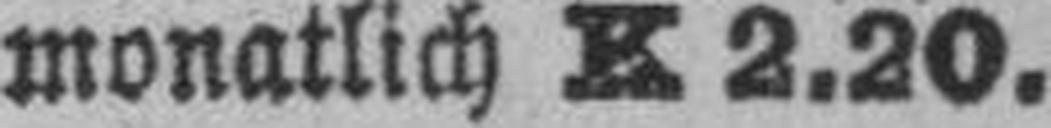
monatlich K 2.20.